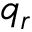
q _ { r }